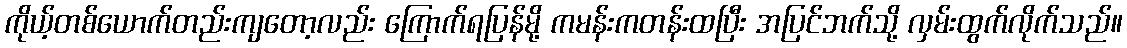
ကိုယ့်တစ်ယောက်တည်းကျတော့လည်း ကြောက်ရပြန်မို့ ကမန်းကတန်းထပြီး အပြင်ဘက်သို့ လှမ်းထွက်လိုက်သည်။